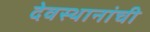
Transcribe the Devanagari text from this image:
देवस्थानांची